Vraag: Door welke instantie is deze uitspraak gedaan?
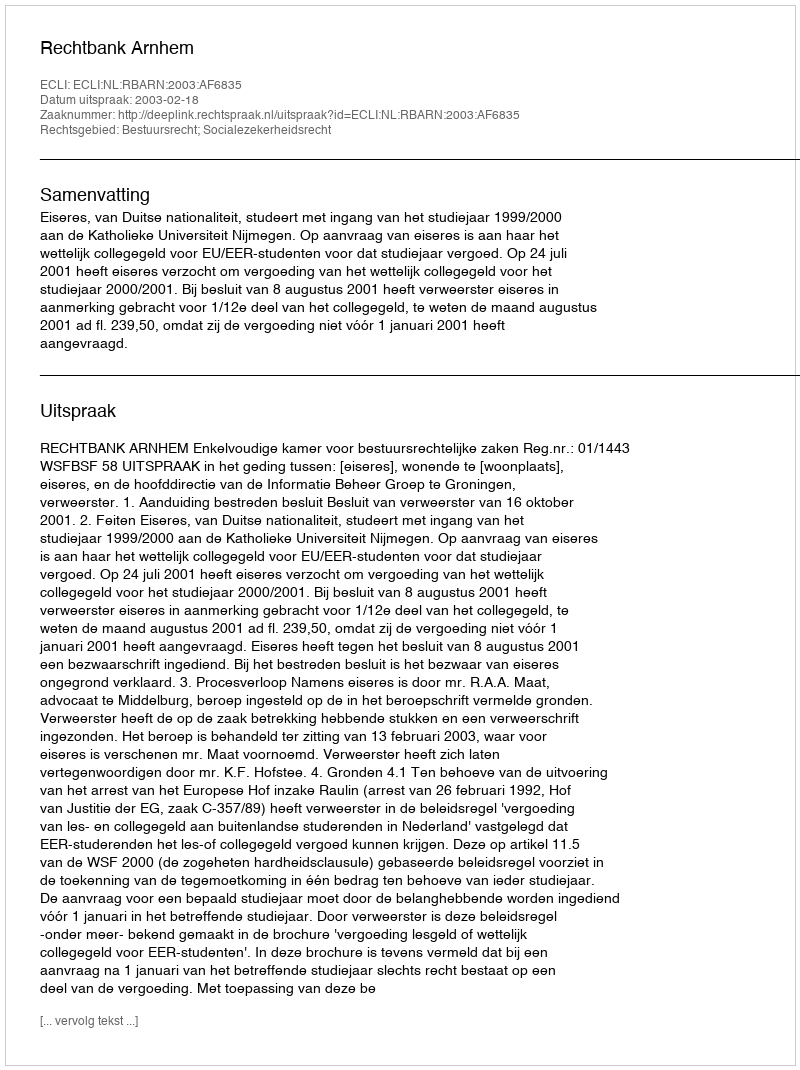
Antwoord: Rechtbank Arnhem